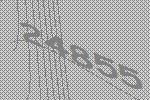
24855